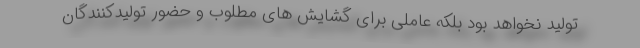
تولید نخواهد بود بلکه عاملی برای گشایش های مطلوب و حضور تولیدکنندگان